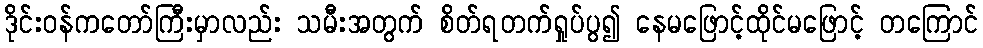
ဒိုင်းဝန်ကတော်ကြီးမှာလည်း သမီးအတွက် စိတ်ရတက်ရှုပ်ပွ၍ နေမဖြောင့်ထိုင်မဖြောင့် တကြောင်